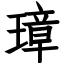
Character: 璋